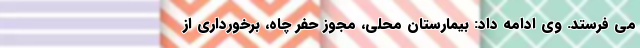
می فرستد. وی ادامه داد: بیمارستان محلی، مجوز حفر چاه، برخورداری از